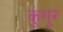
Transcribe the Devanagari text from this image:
कुंगूर